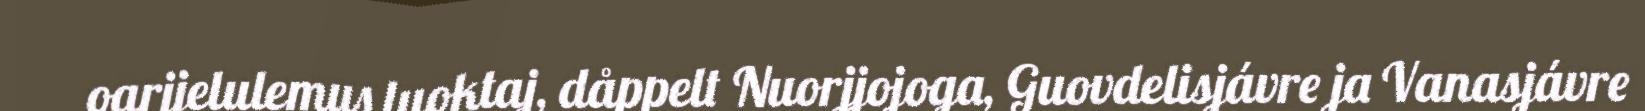
oarjjelulemus luoktaj, dåppelt Nuorjjojoga, Guovdelisjávre ja Vanasjávre